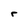
Character: r